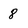
Character: 8